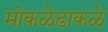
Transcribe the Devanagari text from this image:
मोकळेढाकळे